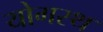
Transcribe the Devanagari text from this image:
योगस्थ